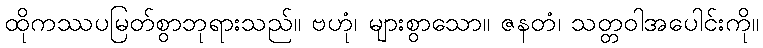
ထိုကဿပမြတ်စွာဘုရားသည်။ ဗဟုံ၊ များစွာသော။ ဇနတံ၊ သတ္တဝါအပေါင်းကို။